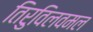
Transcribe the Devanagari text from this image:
तिरुविलवमल